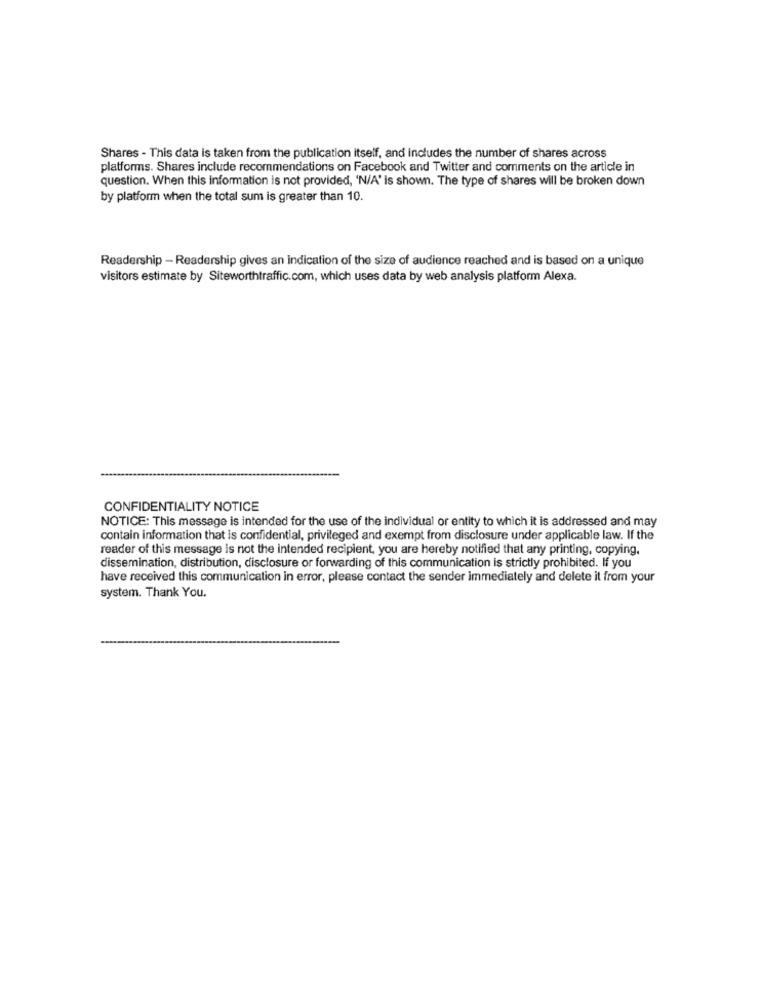
Shares - This data is taken from the publication itself, and includes the number of shares across
platforms. Shares include recommendations on Facebook and Twitter and comments on the article in
question. When this information is not provided, 'N/A' is shown. The type of shares will be broken down
by platform when the total sum is greater than 10.
Readership - Readership gives an indication of the size of audience reached and is based on a unique
visitors estimate by Siteworthtraffic.com, which uses data by web analysis platform Alexa.
CONFIDENTIALITY NOTICE
NOTICE: This message is intended for the use of the individual or entity to which it is addressed and may
contain information that is confidential, privileged and exempt from disclosure under applicable law. If the
reader of this message is not the intended recipient, you are hereby notified that any printing, copying.
dissemination, distribution, disclosure or forwarding of this communication is strictly prohibited. If you
have received this communication in error, please contact the sender immediately and delete it from your
system. Thank You.